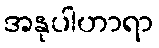
အနုပါဟာရာ